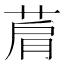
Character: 菺